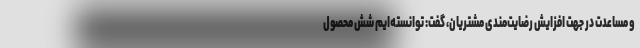
و مساعدت در جهت افزایش رضایت‌مندی مشتریان، گفت: توانسته‌ایم شش محصول